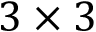
3 \times 3